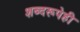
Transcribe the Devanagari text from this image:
शब्दरूपेही